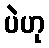
ပဲဟု